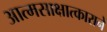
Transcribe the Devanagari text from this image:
आत्मसाक्षात्काराने